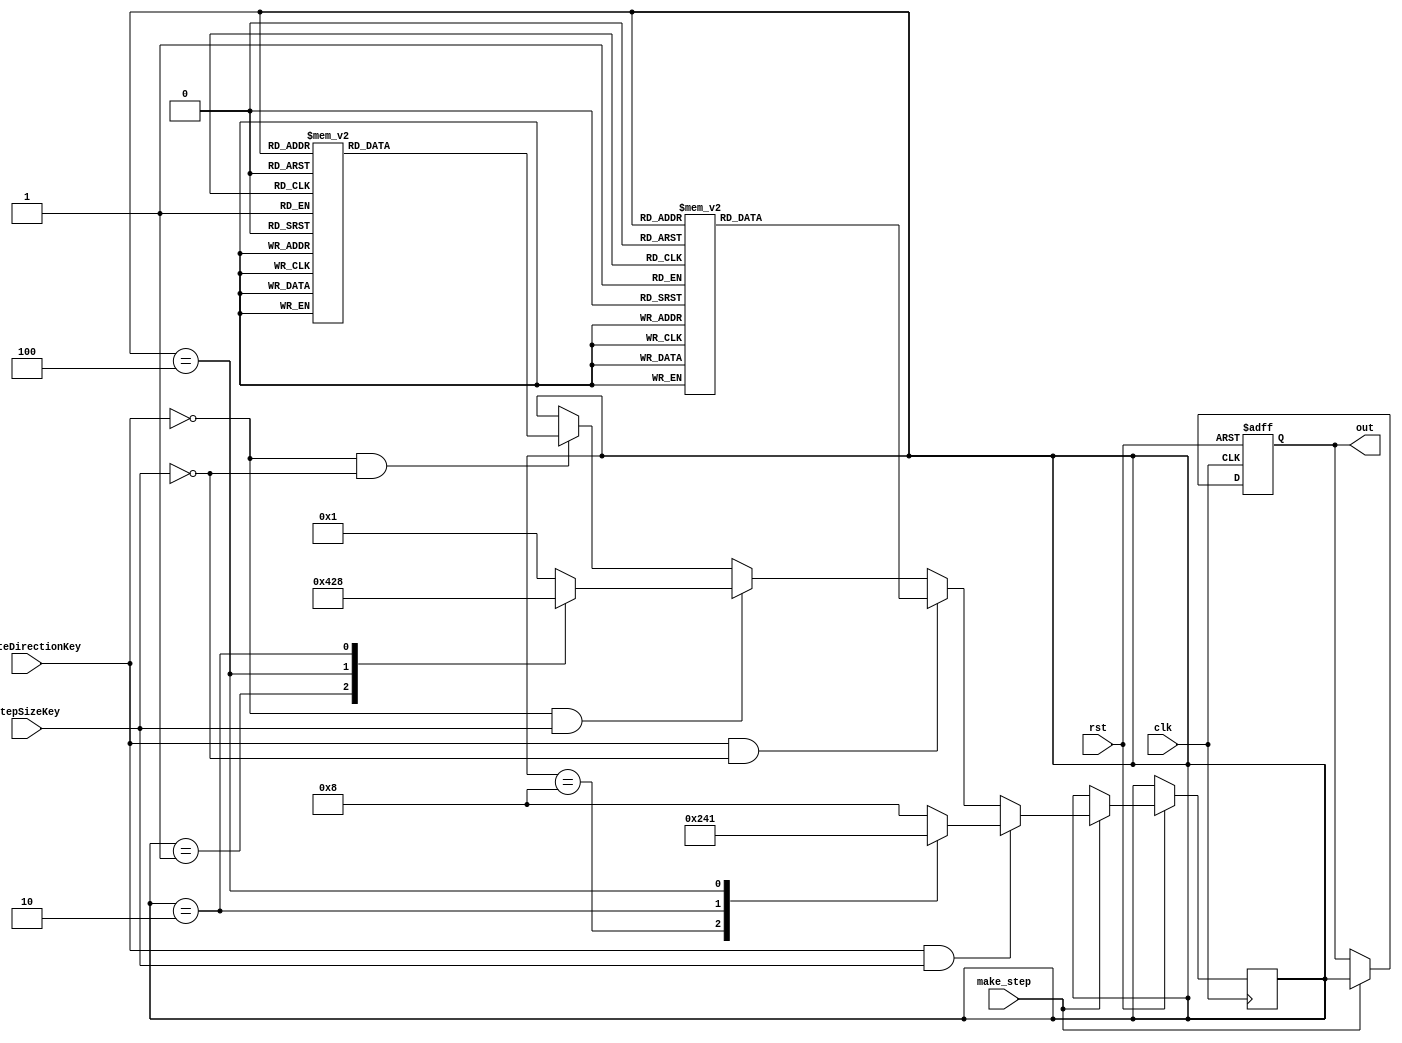
module motorStateMachine(clk ,rst, make_step, out, rotateDirectionKey, stepSizeKey);
	input wire 	clk,
				rst,
				make_step,
				rotateDirectionKey,			// ON(1) = clockwise ; OFF(0) = counter_clockwise;
				stepSizeKey;				// ON(1) = full step ; OFF(0) = half step;

	output wire [3:0] out;
	//wire make_step;
	
	reg [3:0] cs;
	reg [3:0] ns;
	
	parameter 	A  = 4'b1000, 	//8
				B  = 4'b0010, 	//2
				C  = 4'b0100, 	//4
				D  = 4'b0001, 	//1
				AB = 4'b1010,	//A
				BC = 4'b0110, 	//6
				CD = 4'b0101,	//5
				DA = 4'b1001;	//9
				
	//next state logic			
	always @ (posedge clk or negedge rst)
		begin
			if (~rst)	// restart. reset enable at 0
				cs = A;
				
			else if (make_step) begin
				
					cs = ns;
					
					// clockwise - full step
					// SW1 = 1 && SW3 = 1	
					if(rotateDirectionKey && stepSizeKey == 1'b1)	begin
						case(cs)
							A: ns = B;
							B: ns = C;
							C: ns = D;
							D: ns = A;
							default: ns = A;
						endcase
						end
					
					// clockwise - half step
					// SW1 = 1 && SW3 = 0	
					else if(rotateDirectionKey && stepSizeKey == 1'b0)	begin
							case(cs)
								A:  ns = AB;
								AB: ns = B;
								B:  ns = BC;
								BC: ns = C;
								C:  ns = CD;
								CD: ns = D;
								D:  ns = DA;
								DA: ns = A;
								default: ns = A;
							endcase
						end
					// counter clockwise - full step 
					// SW1 = 0 && SW3 = 1	
					else if((~rotateDirectionKey) && stepSizeKey == 1'b1)	begin
							case(cs)
								D: ns = C;
								C: ns = B;
								B: ns = A;
								A: ns = D;	
								default: ns = D;
							endcase
						end
					// counter clockwise - half step
					// SW1 = 0 && SW3 = 0	
					else if((~rotateDirectionKey) && stepSizeKey == 1'b0)	begin
							case(cs)
								D:  ns = CD;
								CD: ns = C;
								C:  ns = BC;
								BC: ns = B;
								B:  ns = AB;
								AB: ns = A;
								A:  ns = DA;
								DA: ns = D;
								default: ns = D;
							endcase
						end
				end //else if
				
			else
				cs <= cs;		
		end
	assign out = cs;
	
endmodule